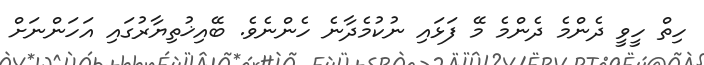
ހިތް ހީވީ ދެންމެ ދެންމެ މޭ ފަޅައި ނުކުމެދާނެ ހެންނެވެ. ބޭއިޚުތިޔާރުގައި އަހަންނަށް